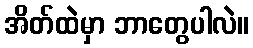
အိတ်ထဲမှာ ဘာတွေပါလဲ။